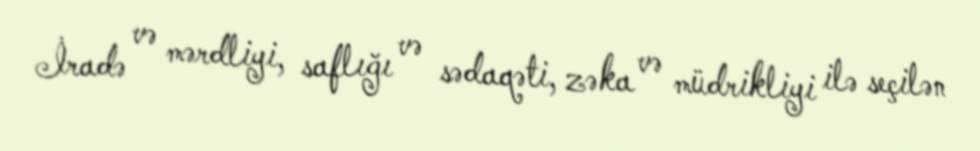
İradə və mərdliyi, saflığı və sədaqəti, zəka və müdrikliyi ilə seçilən